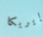
إيريكا